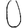
Digit: 0